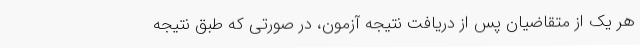
هر یک از متقاضیان پس از دریافت نتیجه آزمون، در صورتی که طبق نتیجه